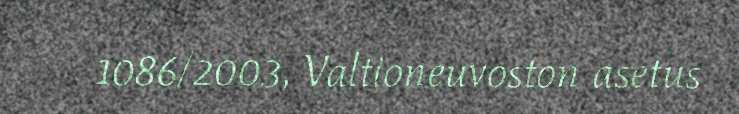
1086/2003, Valtioneuvoston asetus